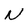
Character: N